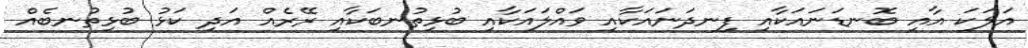
އަލަކަ އާއި ބޮނޑަނައަކާއި ފިނދަނައަކާއި ވައްލައަކާއި ބުޅިތުނބަކާއި ރޭރެއް އަދި ކަޅު ބުޅިތުނބެއް